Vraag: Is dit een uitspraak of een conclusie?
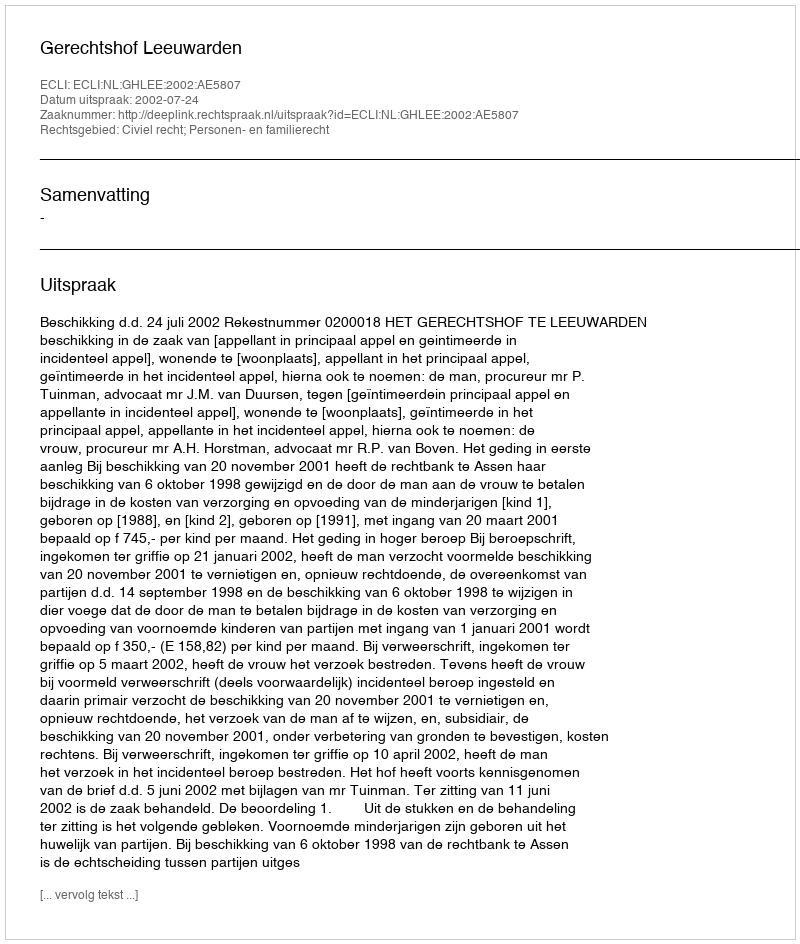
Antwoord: Uitspraak